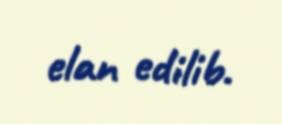
elan edilib.